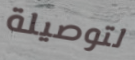
لتوصيلة